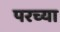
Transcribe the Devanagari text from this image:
परच्या